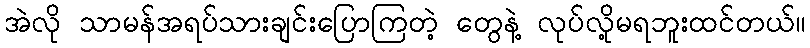
အဲလို သာမန်အရပ်သားချင်းပြောကြတဲ့ တွေနဲ့ လုပ်လို့မရဘူးထင်တယ်။